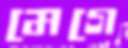
মেগে